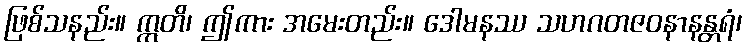
ဖြစ်သနည်း။ ဣတိ၊ ဤကား အမေးတည်း။ ဒေါမနဿ သဟဂတဇဝနာနန္တရံ၊